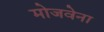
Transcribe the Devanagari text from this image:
मोजवेना